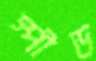
স্পীড